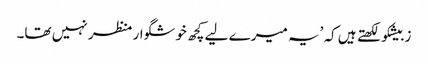
زبیشکو لکھتے ہیں کہ ’یہ میرے لیے کچھ خوشگوار منظر نہیں تھا۔